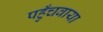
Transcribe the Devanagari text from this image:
पहुँचवाया